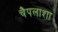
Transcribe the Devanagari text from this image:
चैपलाशा